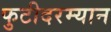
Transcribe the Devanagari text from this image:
फुटीदरम्यान